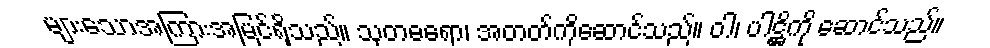
များသောအကြားအမြင်ရှိသည်။ သုတဓရော၊ အတတ်ကိုဆောင်သည်။ ဝါ၊ ပါဋ္ဌိကို ဆောင်သည်။